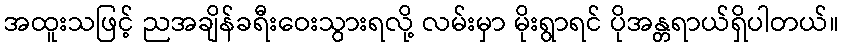
အထူးသဖြင့် ညအချိန်ခရီးဝေးသွားရလို့ လမ်းမှာ မိုးရွာရင် ပိုအန္တရာယ်ရှိပါတယ်။